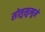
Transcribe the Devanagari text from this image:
सोलुखुम्बुमे